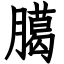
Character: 臈